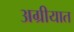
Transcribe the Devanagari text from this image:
अग्रीयात